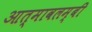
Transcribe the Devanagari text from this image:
आत्मावलम्बी